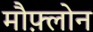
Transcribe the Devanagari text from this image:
मौफ़्लोन